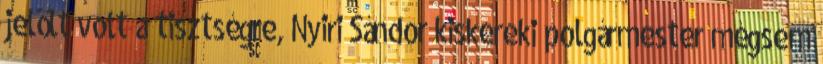
jelölt volt a tisztségre, Nyiri Sándor kiskereki polgármester mégsem